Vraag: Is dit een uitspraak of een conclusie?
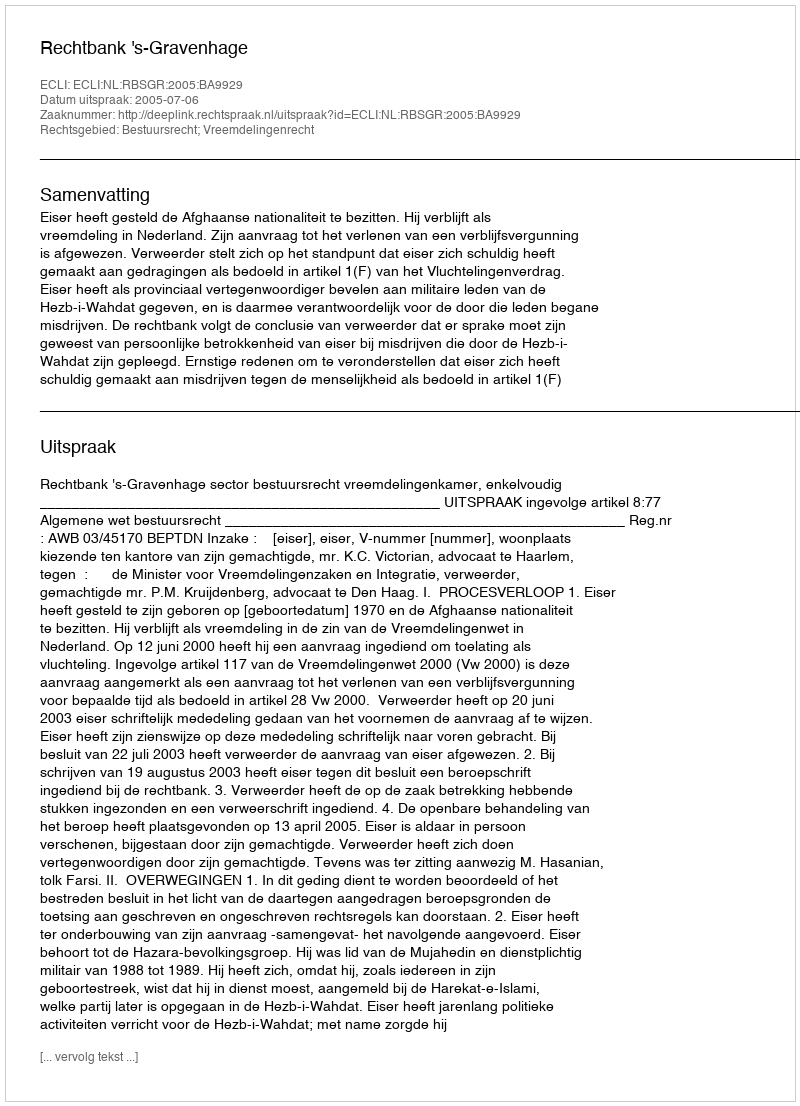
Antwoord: Uitspraak